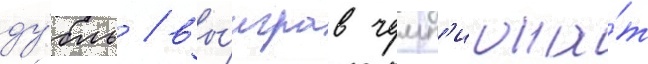
ду́бль / вы́играв чемп'иона́т